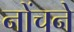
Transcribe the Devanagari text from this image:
नोंचने